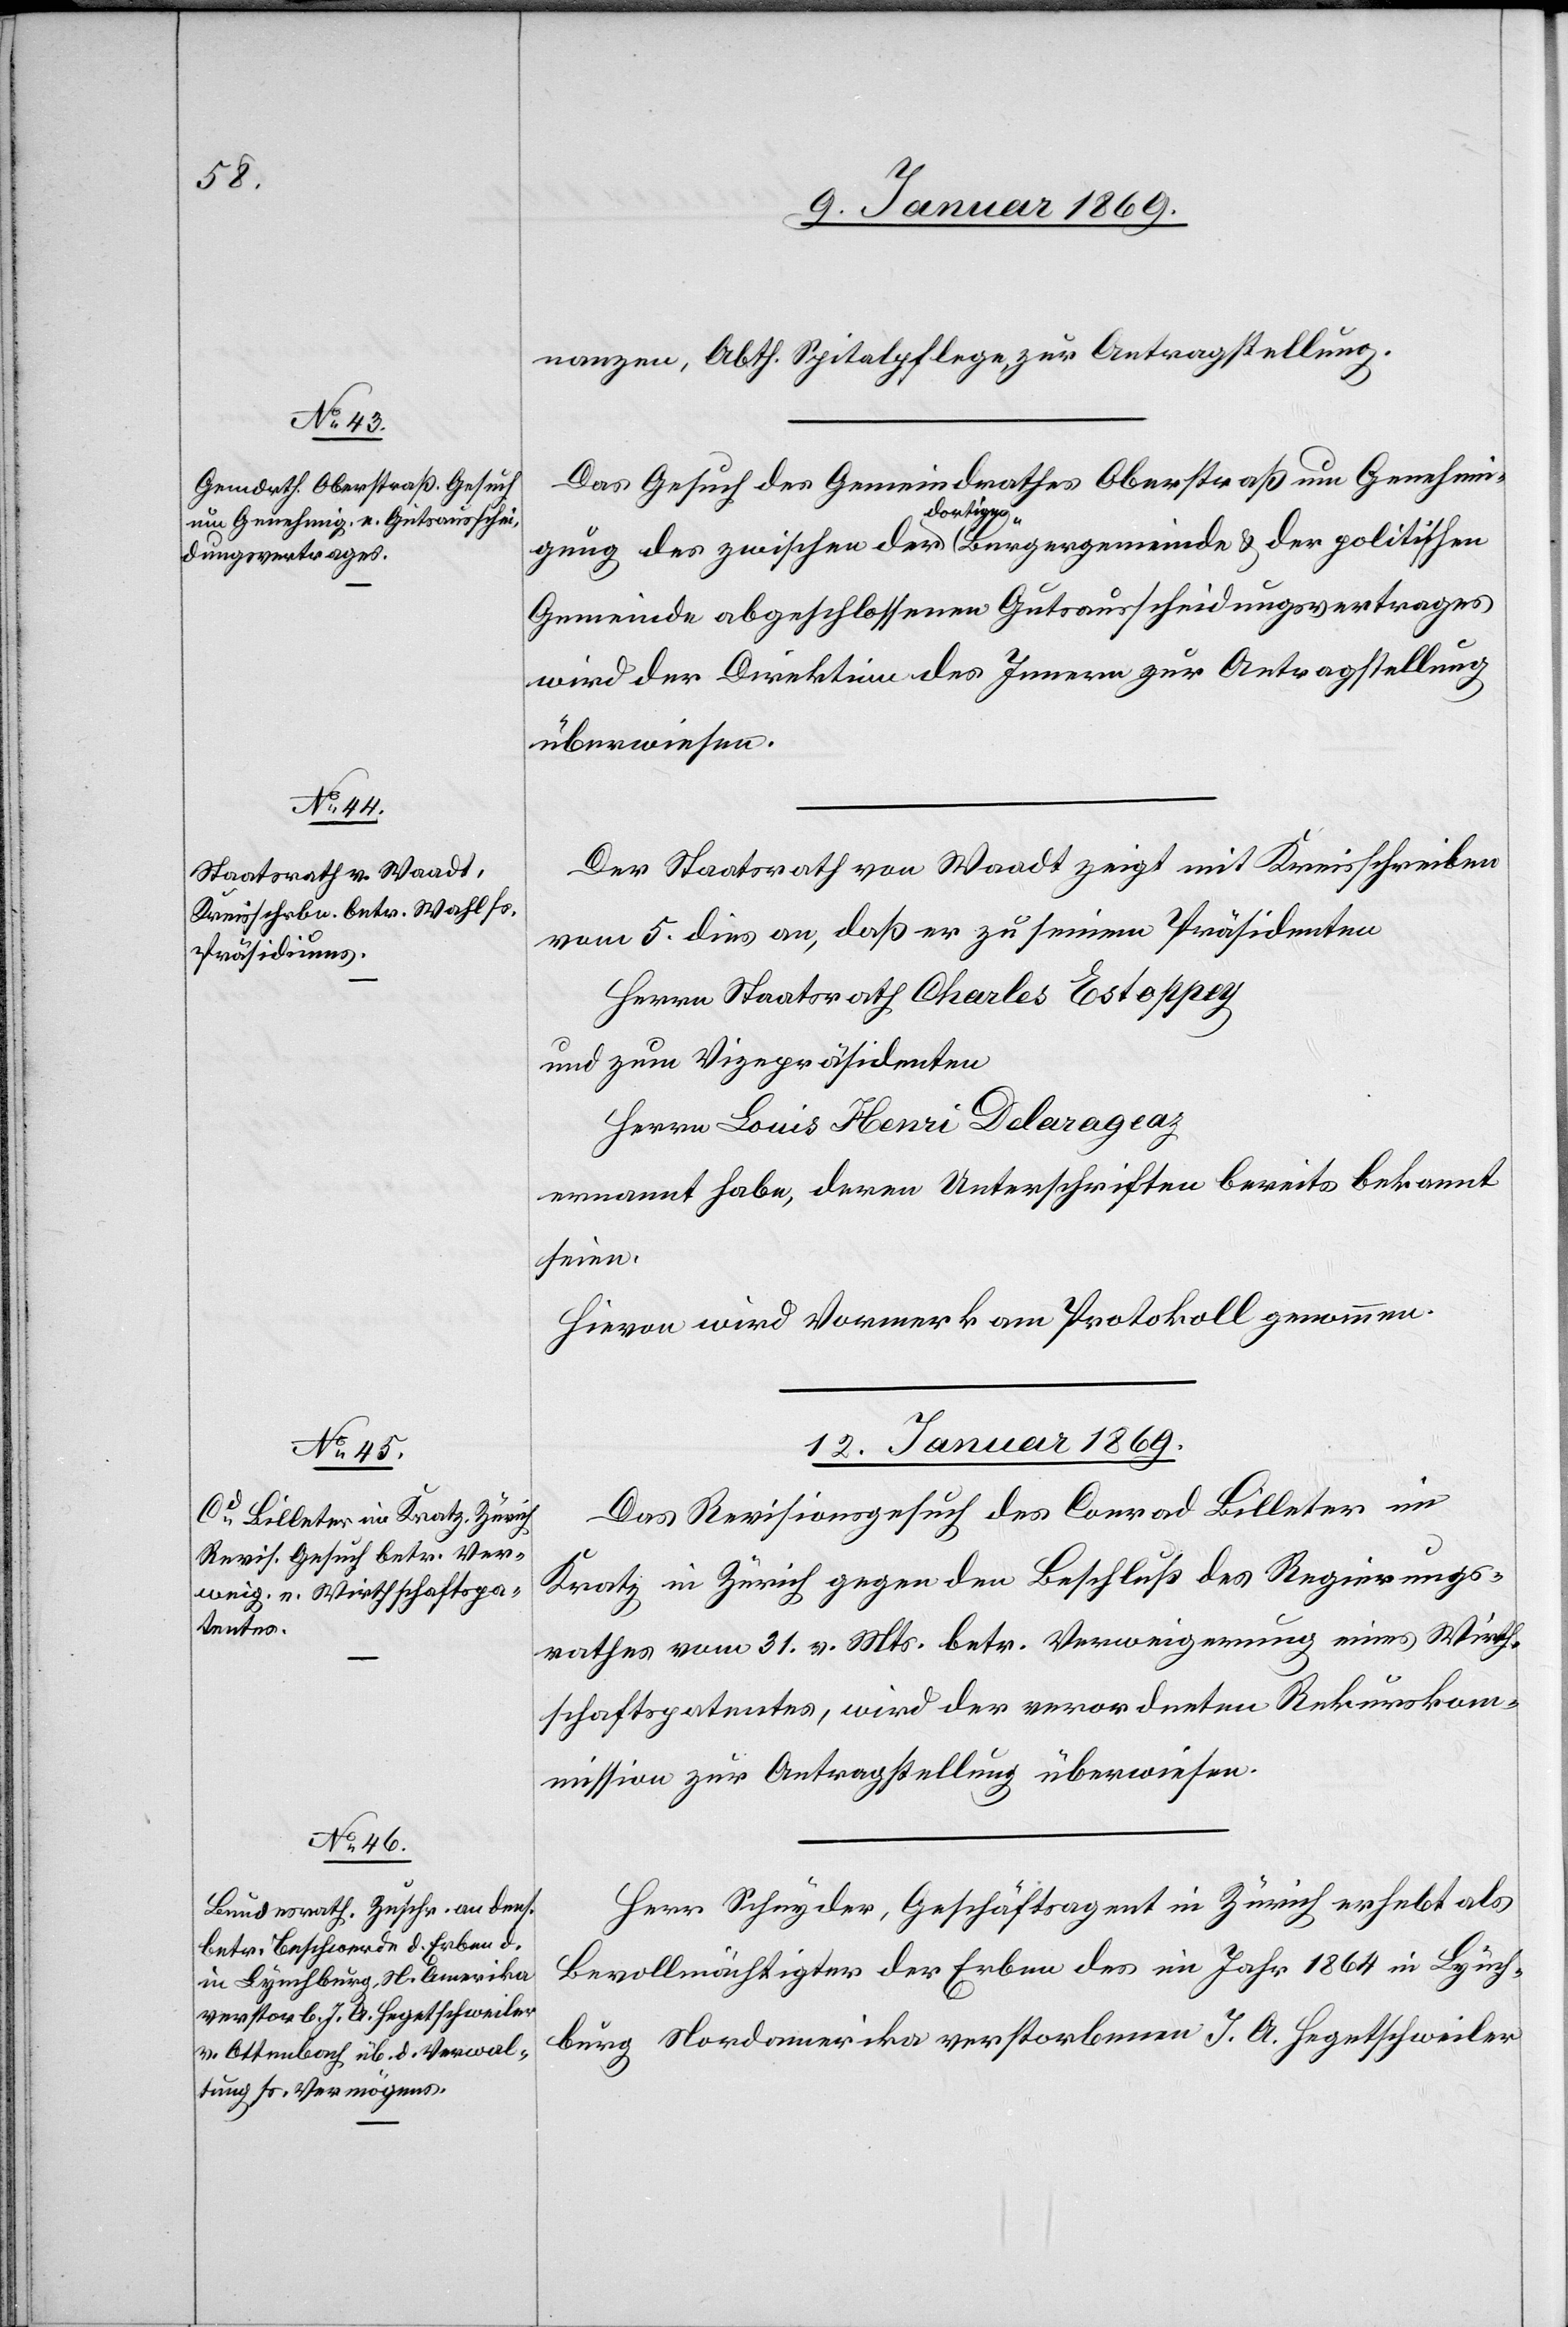
nanzen, Abth. Spitalpflege zur Antragstellung.
Das Gesuch des Gemeindrathes Oberstraß um Genehmi¬
gung des zwischen der dortigen Bürgergemeinde & der politischen
Gemeinde abgeschlossenen Gutsausscheidungsvertrages
wird der Direktion des Innern zur Antragstellung
überwiesen.
Der Staatsrath von Waadt zeigt mit Kreisschreiben
vom 5 dies an, daß er zu seinem Präsidenten
Herrn Staatsrath Charles Estoppy
und zum Vicepräsidenten
Herrn Louis Henri Delarageaz
ernannt habe, deren Unterschriften bereits bekannt
seien.
Hievon wird Vormerk am Protokoll genommen.
12.Januar 1869.]
Das Revisionsgesuch des Conrad Billeter im
Kratz in Zürich gegen den Beschluß des Regierungs¬
rathes vom 31 v. Mts. betr. Verweigerung eines Wirth¬
schaftspatentes, wird der verordneten Rekurskom¬
mission zur Antragstellung überwiesen.
Herr Schnyder, Geschäftsagent in Zürich erhebt als
Bevollmächtigter der Erben des im Jahr 1864 in Lynch¬
burg Nordamerika verstorbenen J. A. Hegetschweiler